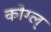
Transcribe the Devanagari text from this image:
कोग्ल्